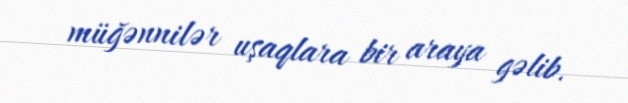
müğənnilər uşaqlara bir araya gəlib.